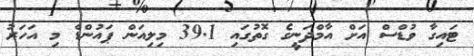
ޓައިގާ ވުޑްސް އަށް އާމްދަނީގެ ގޮތުގައި 39.1 މިލިއަން ޕައުންޑް މި އަހަރު